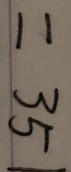
= 3 5 1